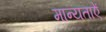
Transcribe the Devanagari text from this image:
मान्यताऐं